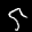
Label: 5